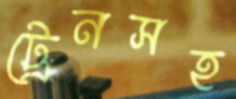
ট্রেনসহ